Dysentery in Hazaribagh Central Jail - Number 52
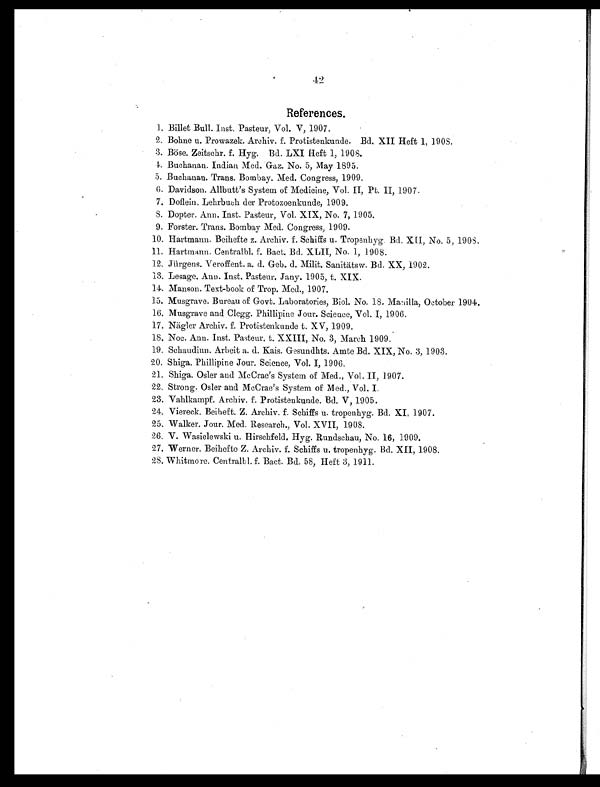
42
References.
1. Billet Bull. Inst. Pasteur, Vol. V, 1907.
2. Bohue u. Prowazek. Archiv. f. Protistenkunde. Bd. XII Heft 1, 1908.
3. BÖse. Zeitschr. f. Hyg. Bd. LXI Heft 1, 1908.
4. Buchanan. Indian Med. Gaz. No. 5, May 1895.
5. Buchanan. Trans. Bombay. Med. Congress, 1909.
6.
Davidson. Allbutt's System of Medicine, Vol. II, Pt. II, 1907.
7.
Doflein. Lehrbuch der Protozoenkunde, 1909.
8.
Dopter. Ann. Inst. Pasteur, Vol. XIX, No. 7, 1905.
9.
Forster. Trans. Bombay Med. Congress, 1909.
10. Hartmann. Beihefte z. Archiv. f. Schiffs u. Tropenhyg. Bd. XII, No. 5, 1908.
11. Hartmann. Centralbl. f. Bact. Bd. XLII, No. 1, 1908.
12. Jürgens. Veroffent. a. d. Geb. d. Milit. Sanitätsw. Bd. XX, 1902.
13. Lesage. Ann. Inst. Pasteur. Jany. 1905, t.XIX.
14. Manson. Text-book of Trop. Med., 1907.
15.
Musgrave. Bureau of Govt. Laboratories, Biol. No. 18. Manilla, October 1904.
16.
Musgrave and Clegg. Phillipine Jour. Science, Vol. I, 1906.
17. Nägler Archiv. f. Protistenkunde t. XV, 1909.
18. Noc. Ann. Inst. Pasteur. t. XXIII, No. 3, March 1909.
19.
Schaudinn. Arbeit a. d. Kais. Gesundhts. Amte Bd. XIX, No. 3, 1903.
20. Shiga. Phillipine Jour. Science, Vol. I, 1906.
21.
Shiga. Osler and McCrae's System of Med., Vol. II, 1907.
22.
Strong. Osler and McCrae's System of Med., Vol. I.
23.
Vahlkampf. Archiv. f. Protistenkunde. Bd. V, 1905.
24.
Viereck. Beiheft. Z. Archiv. f. Schiffs u tropenhyg. Bd. XI, 1907.
25.
Walker. Jour. Med. Research., Vol. XVII, 1908.
26.
V. Wasielewski u. Hirschfeld. Hyg. Rundschau, No. 16, 1909.
27.
Werner. Beihefte Z. Archiv. f. Schiffs u. tropenhyg. Bd. XII, 1908.
28. Whitmore. Centralbl. f. Bact. Bd. 58, Heft 3, 1911.